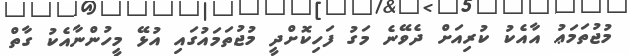
މުޖުތަމަޢު އާއެކު ކުރިއަށް ދެވޭނެ މަގު ފަހިކޮށްދީ މުޖުތަމައުގައި އުޅޭ މީހުންނާއެކު ގާތް